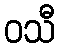
ဝသီ